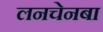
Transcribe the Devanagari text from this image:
लनचेनबा